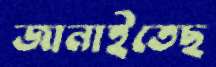
জানাইতেছ